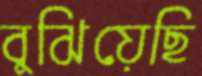
বুঝিয়েছি